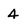
Character: 4